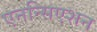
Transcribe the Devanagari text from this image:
एनन्सिएशन